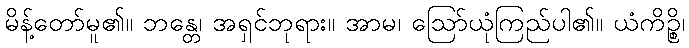
မိန့်တော်မူ၏။ ဘန္တေ၊ အရှင်ဘုရား။ အာမ၊ ဩော်ယုံကြည်ပါ၏။ ယံကိဉ္စိ၊